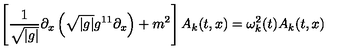
\left[ \frac { 1 } { \sqrt { | g | } } \partial _ { x } \left( \sqrt { | g | } g ^ { 1 1 } \partial _ { x } \right) + m ^ { 2 } \right] A _ { k } ( t , x ) = \omega _ { k } ^ { 2 } ( t ) A _ { k } ( t , x )